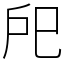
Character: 戺